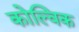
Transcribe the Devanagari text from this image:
कोल्विक